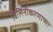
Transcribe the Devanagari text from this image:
विलिनीकरणाच्या